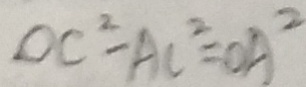
O C ^ { 2 } - A C ^ { 2 } = O A ^ { 2 }